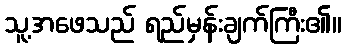
သူ့အဖေသည် ရည်မှန်းချက်ကြီး၏။